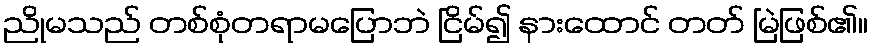
ညိုမသည် တစ်စုံတရာမပြောဘဲ ငြိမ်၍ နားထောင် တတ် မြဲဖြစ်၏။